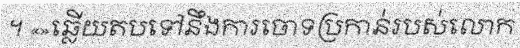
។ «»ឆ្លើយតបទៅនឹងការចោទប្រកាន់របស់លោក